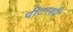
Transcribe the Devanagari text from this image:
पीटरशी